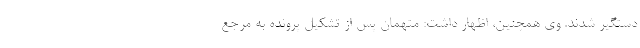
دستگیر شدند. وی همچنین، اظهار داشت: متهمان پس از تشکیل پرونده به مرجع